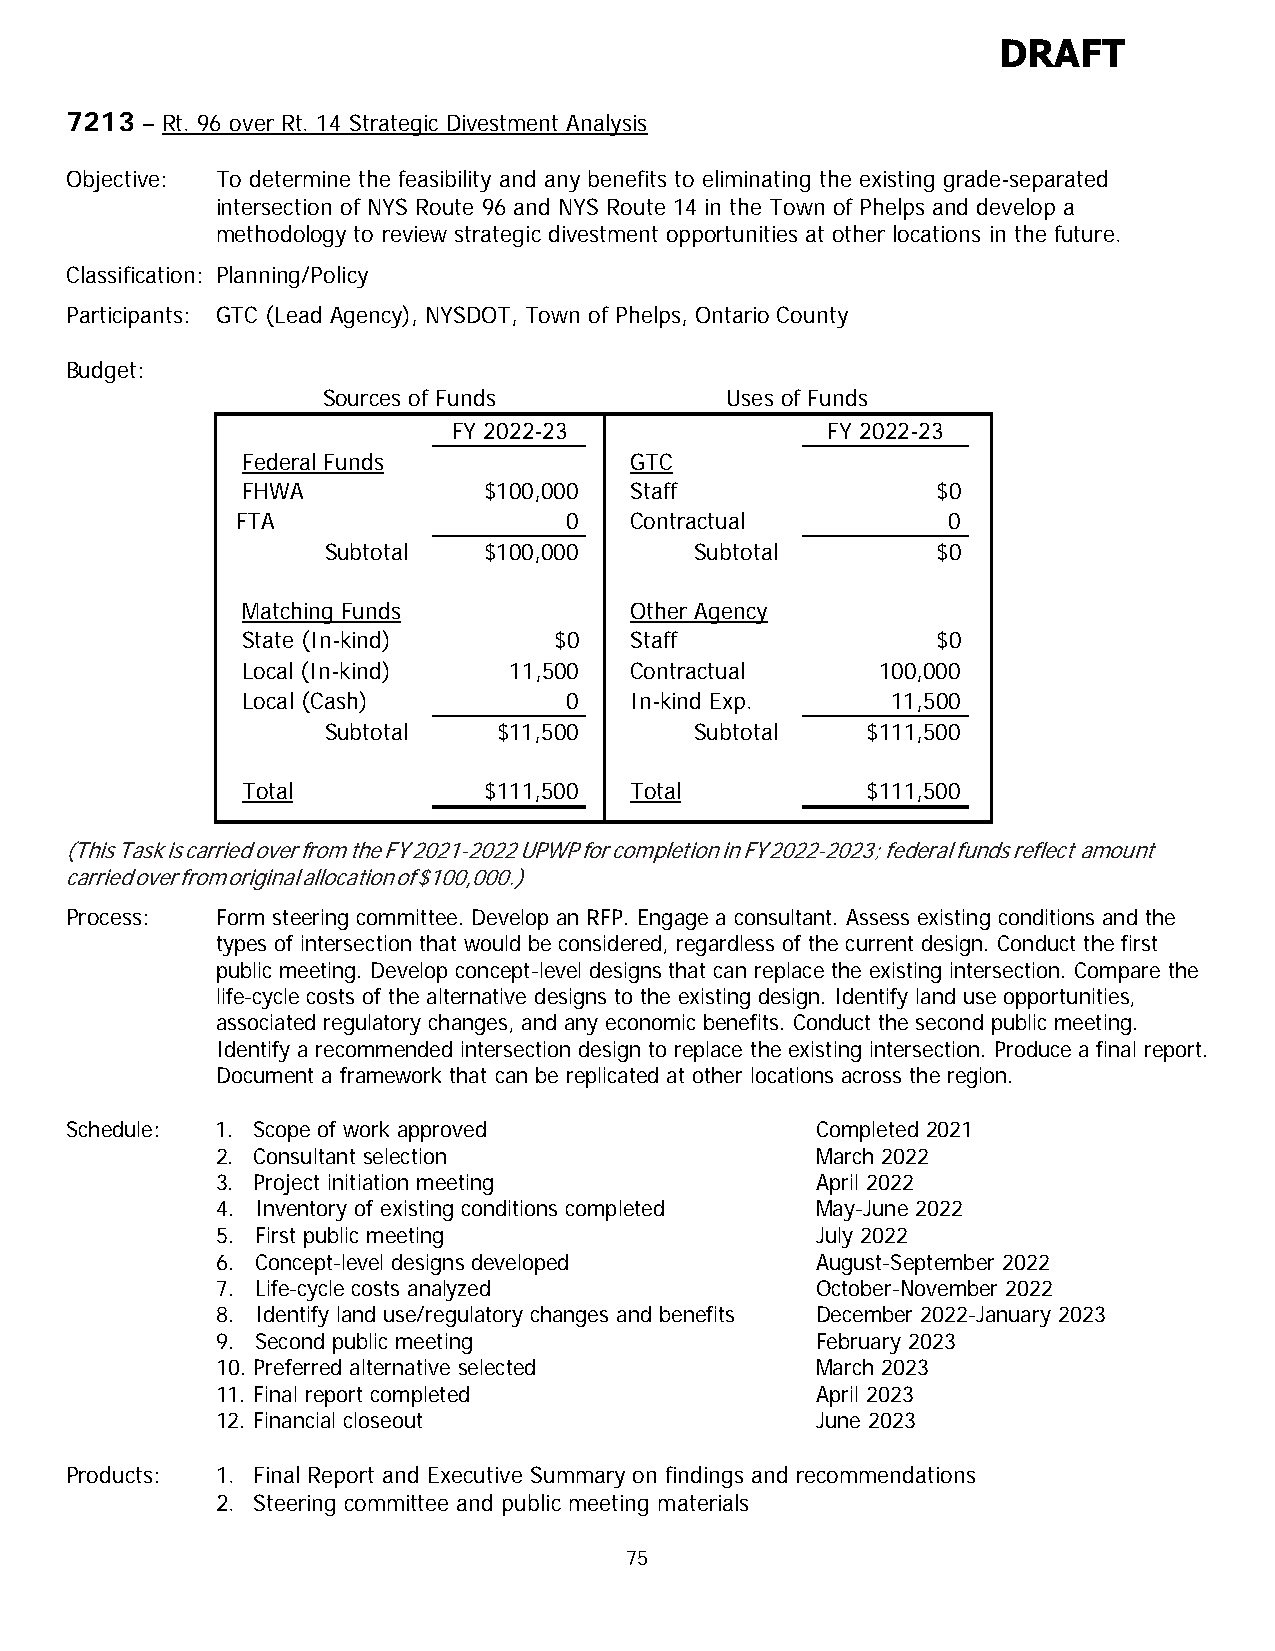
DRAFT
 7213 – Rt. 96 over Rt. 14 Strategic Divestment Analysis
 Objective: To determine the feasibility and any benefits to eliminating the existing grade-separated
 intersection of NYS Route 96 and NYS Route 14 in the Town of Phelps and develop a
 methodology to review strategic divestment opportunities at other locations in the future.
 Classification: Planning/Policy
 Participants: GTC (Lead Agency), NYSDOT, Town of Phelps, Ontario County
 Budget:
 Sources of Funds           Uses of Funds
 FY 2022-23               FY 2022-23
 Federal Funds             GTC
 FHWA            $100,000  Staff               $0
 FTA                   0   Contractual          0
 Subtotal  $100,000      Subtotal        $0
 Matching Funds            Other Agency
 State (In-kind)      $0   Staff               $0
 Local (In-kind)   11,500  Contractual     100,000
 Local (Cash)          0   In-kind Exp.     11,500
 Subtotal   $11,500      Subtotal   $111,500
 Total           $111,500  Total          $111,500
 (This Task is carried over from the FY 2021-2022 UPWP for completion in FY 2022-2023; federal funds reflect amount
 carried over from original allocation of $100,000.)
 Process:  Form steering committee. Develop an RFP. Engage a consultant. Assess existing conditions and the
 types of intersection that would be considered, regardless of the current design. Conduct the first
 public meeting. Develop concept-level designs that can replace the existing intersection. Compare the
 life-cycle costs of the alternative designs to the existing design. Identify land use opportunities,
 associated regulatory changes, and any economic benefits. Conduct the second public meeting.
 Identify a recommended intersection design to replace the existing intersection. Produce a final report.
 Document a framework that can be replicated at other locations across the region.
 Schedule: 1. Scope of work approved               Completed 2021
 2. Consultant selection                 March 2022
 3. Project initiation meeting           April 2022
 4. Inventory of existing conditions completed May-June 2022
 5. First public meeting                 July 2022
 6. Concept-level designs developed      August-September 2022
 7. Life-cycle costs analyzed            October-November 2022
 8. Identify land use/regulatory changes and benefits December 2022-January 2023
 9. Second public meeting                February 2023
 10. Preferred alternative selected      March 2023
 11. Final report completed              April 2023
 12. Financial closeout                  June 2023
 Products: 1. Final Report and Executive Summary on findings and recommendations
 2. Steering committee and public meeting materials
 75